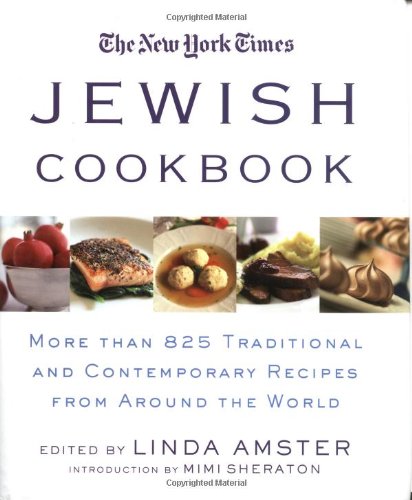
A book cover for The New York Times Jewish Cookbook: More than 825 Traditional & Contemporary Recipes from Around the World; Cookbooks, Food & Wine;